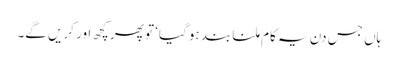
ہاں جس دن یہ کام ملنا بند ہو گیا‘ تو پھر کچھ اور کریں گے۔